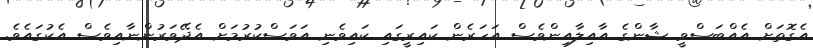
އެގޮތަށް އެއްބަސްވީ ޝާންގެ އާއިލާއިންވެސް އަހަރެން ކައިރީގައި ކައިވެނި އަވަސްކުރުމަށް އެދޭވަރުންނާއިވެސް އެކުގައެވެ.